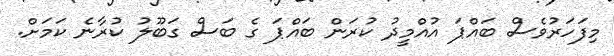
މިފަހަރުވެސް ބައްޕަ އުއްމީދު ކުރަން ބައްޕަ ގެ ބަސް ގަބޫލު ކުރާނެ ކަމަށް.